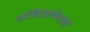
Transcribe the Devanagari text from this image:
मनोविज्ञानवेत्ताओं